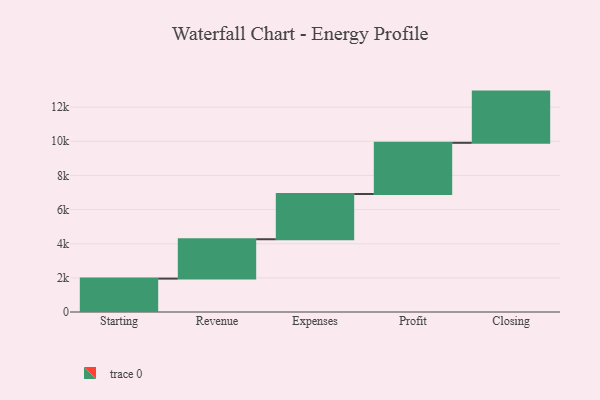
{"axis": {"x": "Step", "y": "Value"}, "legend": [""], "data": [{"x": "Starting", "y": 1956.0, "type": ""}, {"x": "Revenue", "y": 2306.0, "type": ""}, {"x": "Expenses", "y": 2649.0, "type": ""}, {"x": "Profit", "y": 3000, "type": ""}, {"x": "Closing", "y": 3000, "type": ""}]}